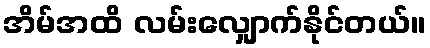
အိမ်အထိ လမ်းလျှောက်နိုင်တယ်။